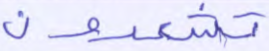
تشعرون